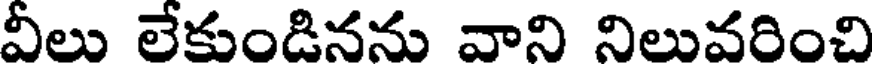
వీలు లేకుండినను వాని నిలువరించి